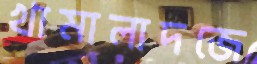
খামালাদজে